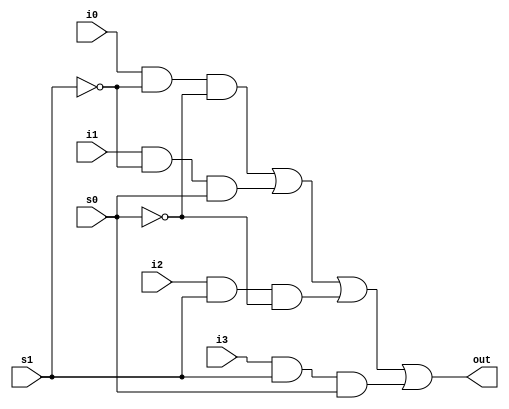
///////////DESIGN_BLOCK//////////////////////////
module mux_4_1(out, i0, i1, i2, i3, s1,s0);
output out;
input i0,i1,i2,i3,s1,s0;
wire s0n,s1n;
wire y0,y1,y2,y3;
not (s1n,s1);
not (s0n,s0);
and (y0,i0,s1n,s0n);
and (y1,i1,s1n,s0);
and (y2,i2,s1,s0n);
and (y3,i3,s1,s0);
or (out,y0,y1,y2,y3);
endmodule

///////////////TEST_BENCH/////////////////////////

module testbench();
reg in0,in1,in2,in3;
reg s1,s0;
wire out;
mux_4_1 mymux(out,in0,in1,in2,in3,s1,s0);
initial
begin 
in0=1;in1=0;in2=1;in3=0;
#1 $display("ino= %b, in1= %b ,in2 =%b, in3= %b \n",in0,in1,in2,in3);
s1=0;s0=0;
#1 $display("s1= %b, s0 =%b, OUTPUT = %b \n",s1,s0,out);
s1=0;s0=1;
#1 $display("s1= %b, s0 =%b, OUTPUT = %b \n",s1,s0,out);
s1=1;s0=0;
#1 $display("s1= %b, s0 =%b, OUTPUT = %b \n",s1,s0,out);
s1=1;s0=1;
#1 $display("s1= %b, s0 =%b, OUTPUT = %b \n",s1,s0,out);
end
endmodule